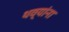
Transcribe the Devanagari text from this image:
थव्यांना